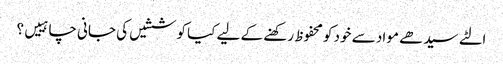
الٹے سیدھے مواد سے خود کو محفوظ رکھنے کے لیے کیا کوششیں کی جانی چاہییں؟